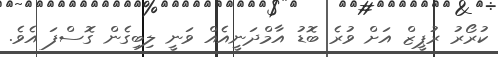
ކުރޯރު ރުޕީޒް އަށް ވުރެ ބޮޑު އާމްދަނީއެއް ވަނީ ލިބިގެން ގޮސްފަ އެވެ.